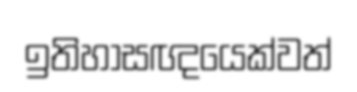
ඉතිහාසඥයෙක්වත්